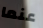
عنما